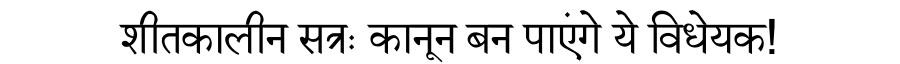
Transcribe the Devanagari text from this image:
शीतकालीन सत्रः कानून बन पाएंगे ये विधेयक!